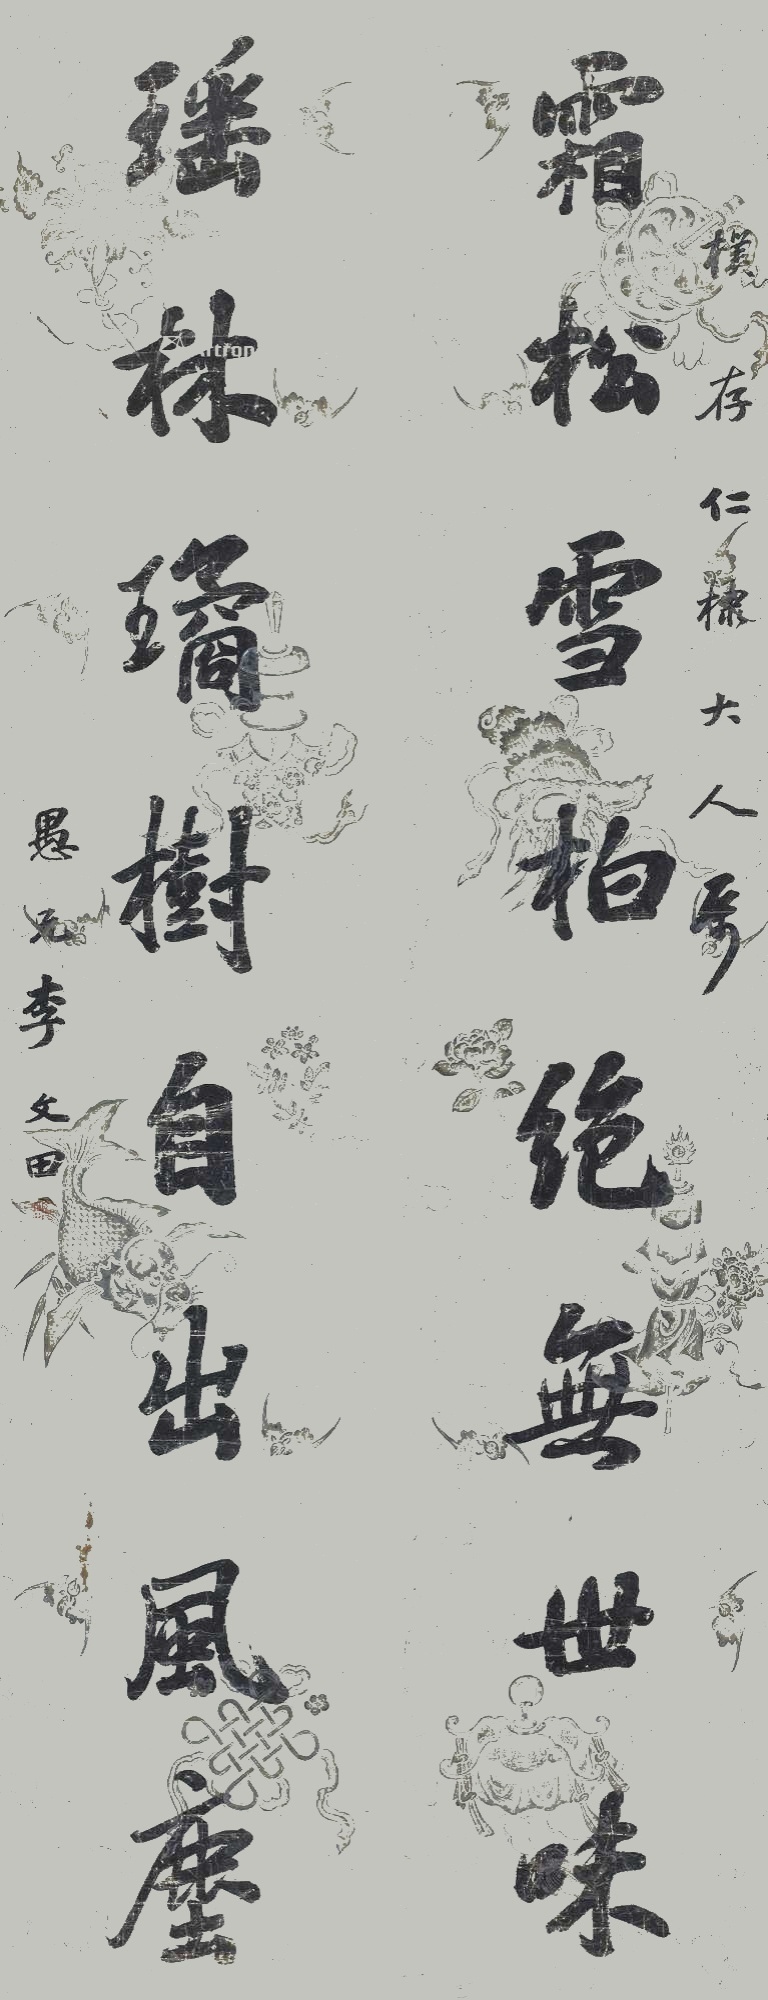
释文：霜松雪柏绝无世味,瑶林璚树自出风尘。朴存仁棣大人属，愚兄李文田。